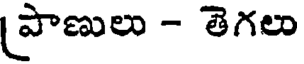
(పాణులు - తెగలు